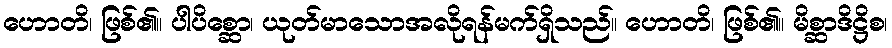
ဟောတိ၊ ဖြစ်၏။ ပါပိစ္ဆော၊ ယုတ်မာသောအလိုရန်မက်ရှိသည်။ ဟောတိ၊ ဖြစ်၏။ မိစ္ဆာဒိဋ္ဌိစ၊